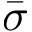
\bar { \sigma }